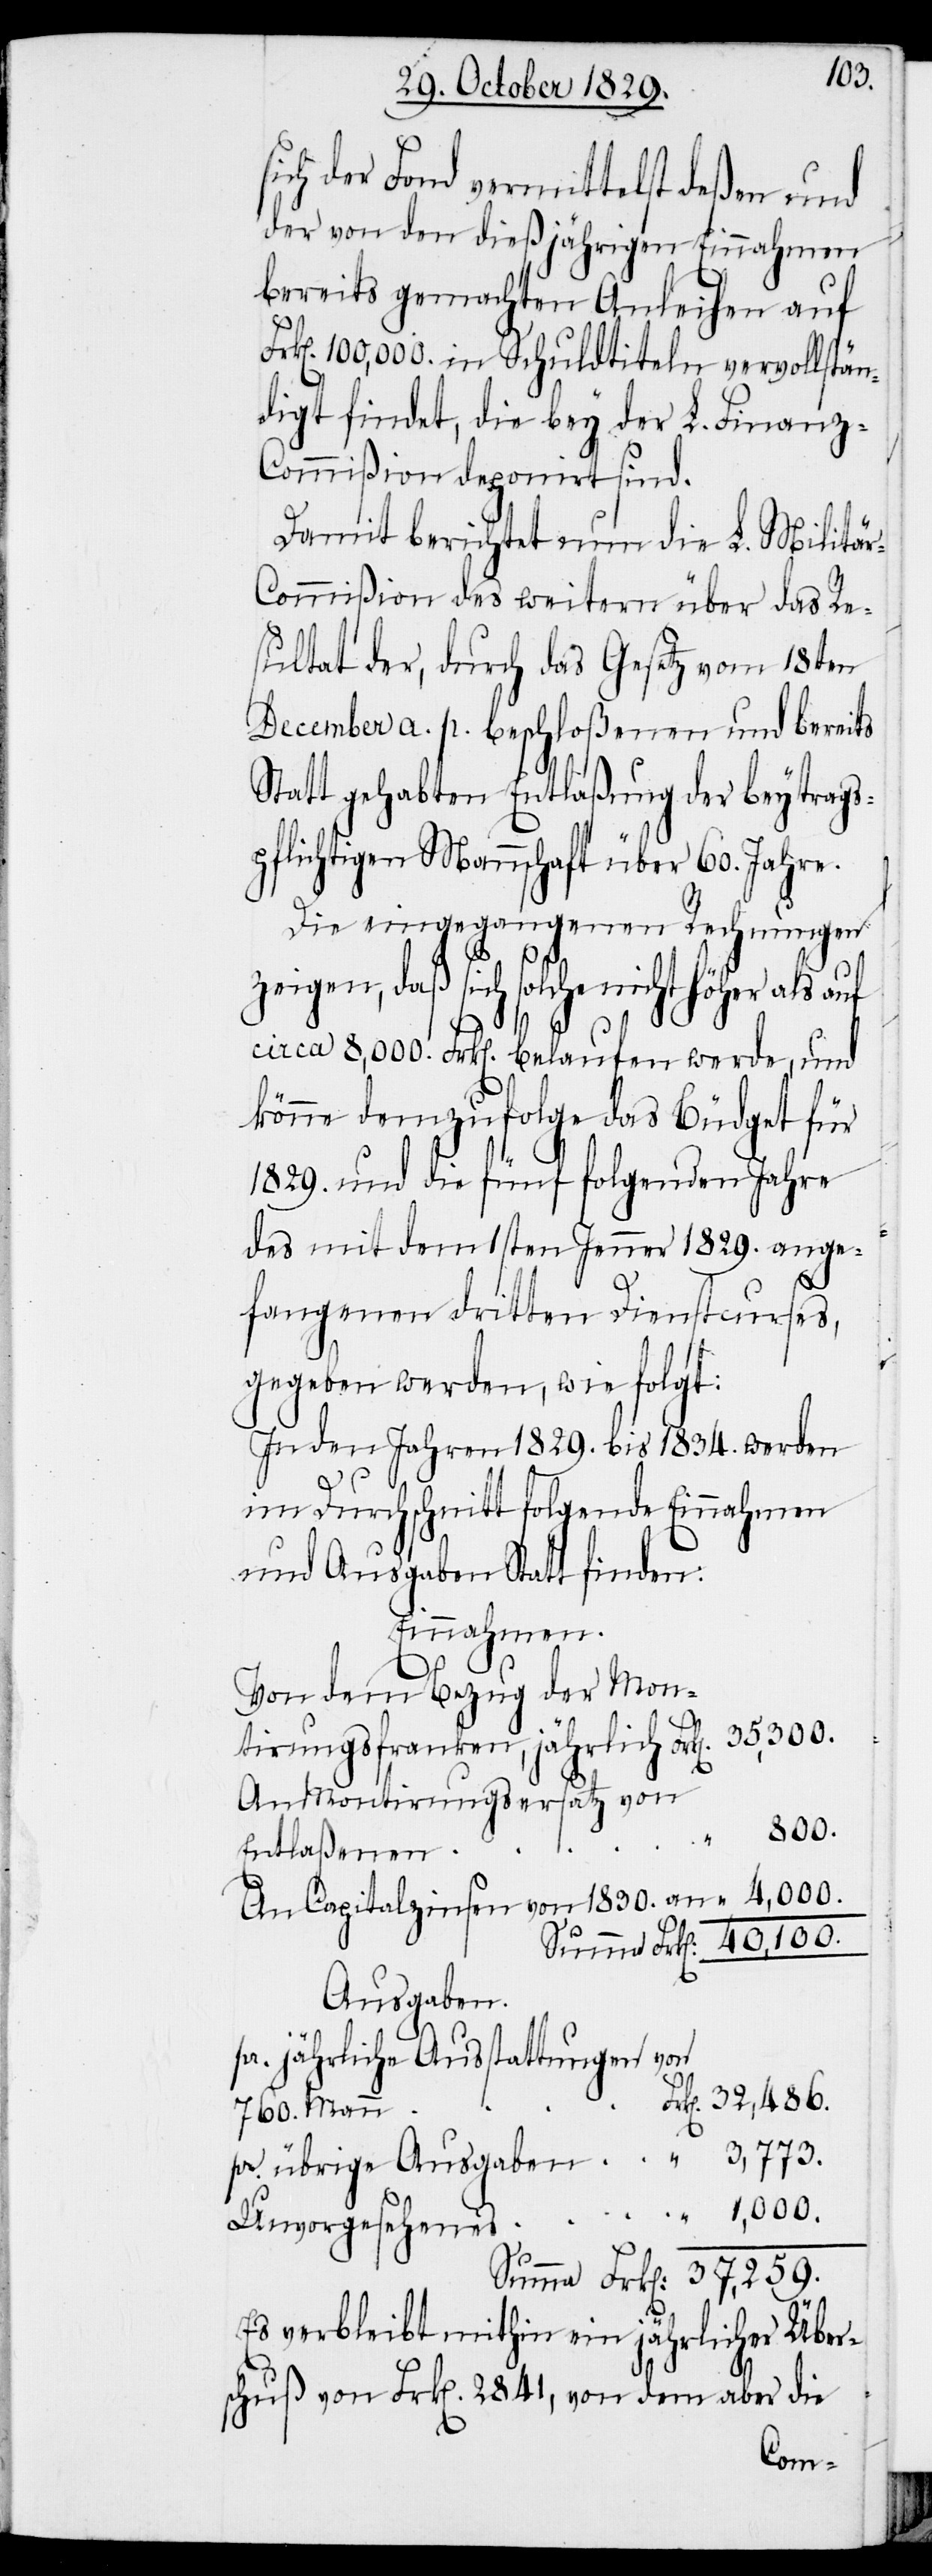
sich der Fond vermittelst deßen und
der von den dießjährigen Einnahmen
bereits gemachten Anleihen auf
100,000. in Schuldtiteln vervollstän¬
digt findet, die bey der L. Finan¬
z-Commißion deponirt sind.
Damit berichtet nun die L. Militä¬
r-Commißion des weitern über das Re¬
sultat der, durch das Gesetz vom 18ten
December a. p. beschloßenen und bereits
Statt gehabten Entlaßung der beytrags¬
pflichtigen Mannschaft über 60. Jahre.
Die eingegangenen Rechnungen
zeigen, daß sich solche nicht höher als
circa 8,000. Frk[en]. belaufen werde, und
könne demzufolge das Büdget für
1829. und die fünf folgenden Jahre
des mit dem 1sten Jenner 1829. ange¬
fangenen dritten Dienstcurses,
gegeben werden, wie folgt:
In den Jahren 1829. bis 1834. werden
im Durchschnitt folgende Einnahmen
und Ausgaben Statt finden:
Einnahmen.
Von dem Bezug der Mon¬
tirungsfranken, jährlich Frk[en]. 	35,300.
An Montirungsersatz von
1,000.
pr.
Entlaßenen
An Capitalzinsen von 1830. an		“		 4000.
Ausgaben
pr. jährliche Ausstattungen von
760. Mann
Es verbleibt mithin ein jährlicher Über¬
schuß von Frk[en]. 2841, von dem aber die